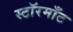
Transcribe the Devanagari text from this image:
स्टॉरमाँट